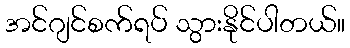
အင်ဂျင်စက်ရပ် သွားနိုင်ပါတယ်။